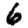
Digit: 6